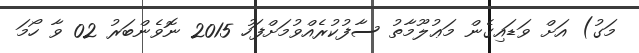
މަގު) އަށް ވަޑައިގެން މަޢުލޫމާތު ސާފުކުރެއްވުމަށްފަހު 2015 ނޮވެންބަރު 02 ވާ ހޯމަ